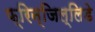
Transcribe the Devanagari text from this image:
फ्रिन्जिल्लिडे